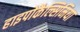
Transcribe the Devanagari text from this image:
हाइपोकैल्सिमिया